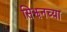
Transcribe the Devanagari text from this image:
सिझनच्या